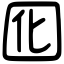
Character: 囮